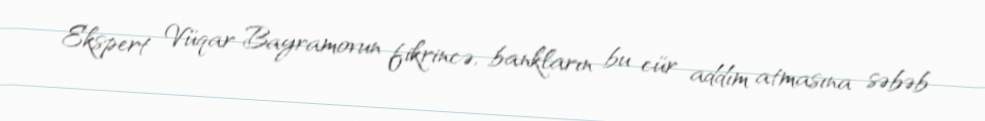
Ekspert Vüqar Bayramovun fikrincə, bankların bu cür addım atmasına səbəb